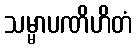
သမ္မာပဏိဟိတံ